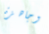
وجاهزة